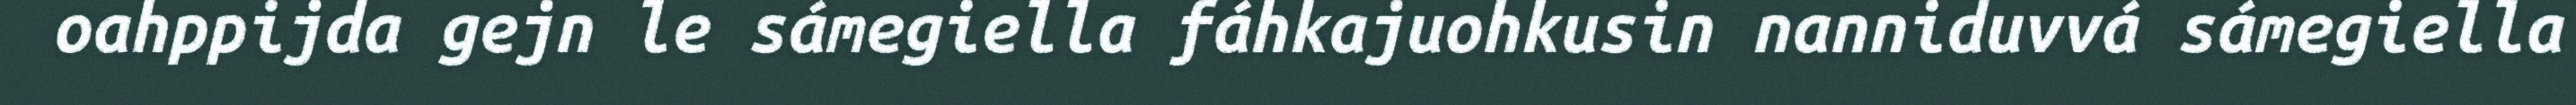
oahppijda gejn le sámegiella fáhkajuohkusin nanniduvvá sámegiella